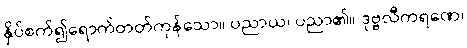
နှိပ်စက်၍ရောက်တတ်ကုန်သော။ ပညာယ၊ ပညာ၏။ ဒုဗ္ဗလီကရဏေ၊